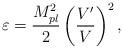
LaTeX: \begin{align*}\varepsilon =\frac{M_{pl}^{2}}{2}\left( \frac{V^{\prime }}{V}\right) ^{2},\end{align*}